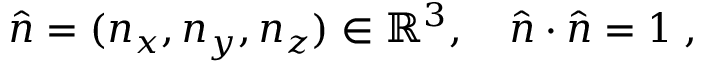
\hat { n } = ( n _ { x } , n _ { y } , n _ { z } ) \in \mathbb R ^ { 3 } , \quad \hat { n } \cdot \hat { n } = 1 \; ,